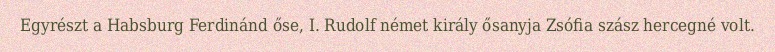
Egyrészt a Habsburg Ferdinánd őse, I. Rudolf német király ősanyja Zsófia szász hercegné volt.